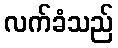
လက်ခံသည်